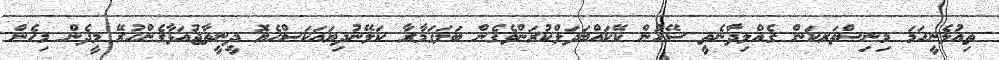
ތިއުލެނީހަމަ މިނިސްތަރކަން ގެއްލިދާނެތީ ސޭހުން ކޭކައްބަދަލްކުރަންވެގެން ބަލަގަމާރާ ކަލޭނުދިޔައަކަސްހެޔޮ ދީނީތާޖުއަޅާގެންހުރޭ މީދެން މިހެން